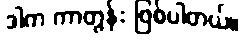
ဒါက ကာတွန်း ဖြစ်ပါတယ်။